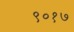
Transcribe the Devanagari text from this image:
९०१७